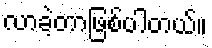
လာခဲ့တာဖြစ်ပါတယ်။